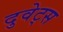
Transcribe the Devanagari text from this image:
दुवेट्स